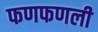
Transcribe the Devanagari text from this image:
फणफणली